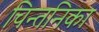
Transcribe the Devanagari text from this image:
चिन्तनिका